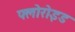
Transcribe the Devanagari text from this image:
फ्लोरोइड